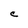
Character: C